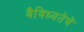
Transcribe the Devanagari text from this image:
वैविध्यतेचे